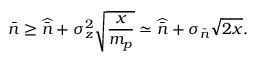
\bar { n } \geq \widehat { \bar { n } } + \sigma _ { z } ^ { 2 } \sqrt { \frac { x } { m _ { p } } } \simeq \widehat { \bar { n } } + \sigma _ { \bar { n } } \sqrt { 2 x } .